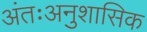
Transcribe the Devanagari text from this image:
अंतःअनुशासिक